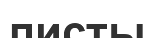
листы